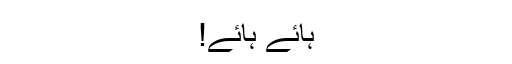
ہائے ہائے!